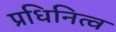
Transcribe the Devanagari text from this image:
प्रधिनित्व